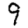
Digit: 9